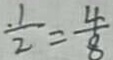
\frac { 1 } { 2 } = \frac { 4 } { 8 }